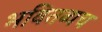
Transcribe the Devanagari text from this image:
भवितव्यच